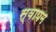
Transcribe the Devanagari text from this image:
स्वापम